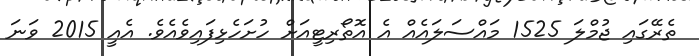
ތެރޭގައި ޖުމްލަ 1525 މައްސަލައެއް އެ އޮތޯރިޓީއަށް ހުށަހެޅިފައިވެއެވެ. އެއީ 2015 ވަނަ